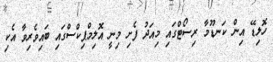
ހޮލިޑޭ އިން ކަނޑޫމާ ރިސޯޓްގައި މިއަދު ފެށި މިނީ އޮލިމްޕިކްސްގައި ބައިވެރިވާ އެކި